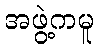
အဖွဲ့ကမူ